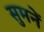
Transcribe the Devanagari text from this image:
सुमनें